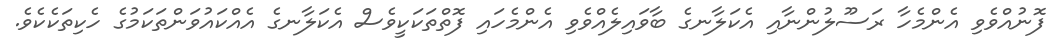
ފޮނުއްވެވި އެންމެހާ ރަސޫލުންނާއި އެކަލާނގެ ބާވައިލެއްވެވި އެންމެހައި ފޮތްތަކަކީވެސް އެކަލާނގެ އެއްކައުވަންތަކަމުގެ ހެކިތަކެކެވެ.